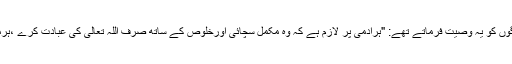
حضرت شیخ الاسلام ہمیشہ لوگوں کو یہ وصیت فرماتے تھے: "ہرآدمی پر لازم ہے کہ وہ مکمل سچائی اورخلوص کے ساتھ صرف اللہ تعالیٰ کی عبادت کرے ،ہرماسواکاخیال دل سے نکال دے۔